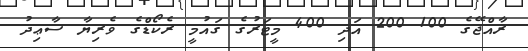
ރާއްޖޭގެ 100 200 އަދި 400 މީޓަރުގެ ގައުމީ ރެކޯޑްގެ ވެރިޔާ ސާޢިދު